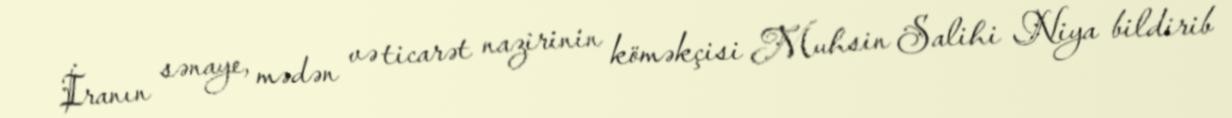
İranın sənaye, mədən və ticarət nazirinin köməkçisi Muhsin Salihi Niya bildirib